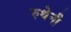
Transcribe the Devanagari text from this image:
रुथेनी